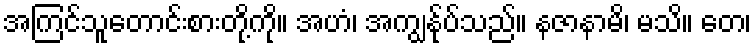
အကြင်သူတောင်းစားတို့ကို။ အဟံ၊ အကျွန်ုပ်သည်။ နဇာနာမိ၊ မသိ။ တေ၊